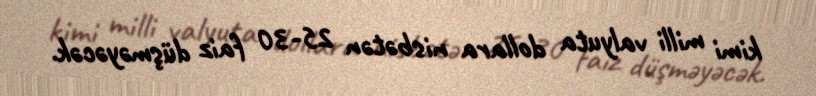
kimi milli valyuta dollara nisbətən 25-30 faiz düşməyəcək.